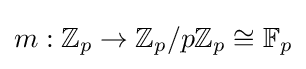
m:\mathbb {Z} _{p}\to \mathbb {Z} _{p}/p\mathbb {Z} _{p}\cong \mathbb {F} _{p}